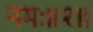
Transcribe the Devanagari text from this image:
नमः॥२॥